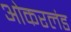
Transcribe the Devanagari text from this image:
ओकरलंड